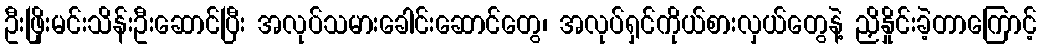
ဦးဖြိုးမင်းသိန်းဦးဆောင်ပြီး အလုပ်သမားခေါင်းဆောင်တွေ၊ အလုပ်ရှင်ကိုယ်စားလှယ်တွေနဲ့ ညှိနှိုင်းခဲ့တာကြောင့်